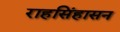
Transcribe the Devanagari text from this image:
राहसिंहासन